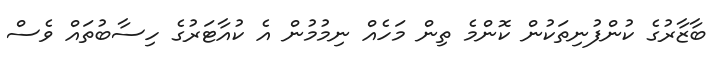
ބާޒާރުގެ ކުންފުނިތަކުން ކޮންމެ ތިން މަހެއް ނިމުމުން އެ ކުއާޓަރުގެ ހިސާބުތައް ވެސް